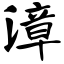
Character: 漳